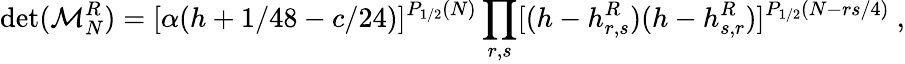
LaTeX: \operatorname*{det}({\cal M}_{N}^{R})=[\alpha(h+1/48-c/24)]^{P_{1/2}(N)}\prod_{r,s}[(h-h_{r,s}^{R})(h-h_{s,r}^{R})]^{P_{1/2}(N-{rs/4})}{}~,